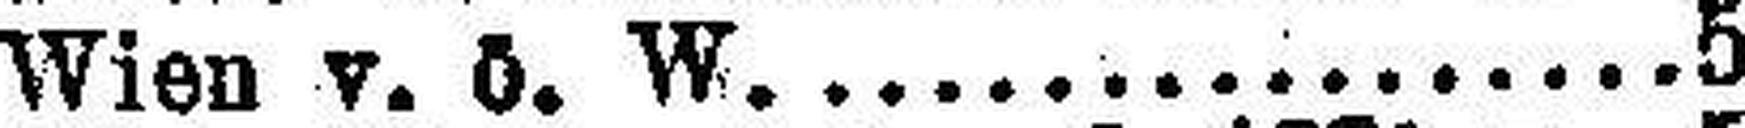
Wien v. ö. W. 5